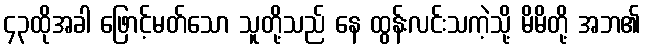
၄၃ထိုအခါ ဖြောင့်မတ်သော သူတို့သည် နေ ထွန်းလင်းသကဲ့သို့ မိမိတို့ အဘ၏